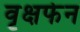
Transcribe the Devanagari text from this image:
वृक्षफेन